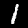
Label: 1